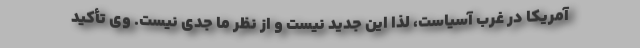
آمریکا در غرب آسیاست، لذا این جدید نیست و از نظر ما جدی نیست. وی تأکید